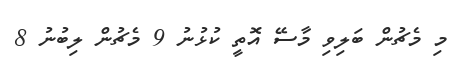
މި މެޗުން ބަލިވި މާސޭ އޮތީ ކުޅުނު 9 މެޗުން ލިބުނު 8